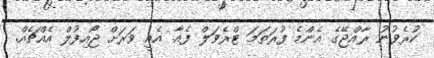
ކުރެވުނު ރާއްޖޭގެ އެންމެ ފުރަތަމަ ޓްރެވަލް ފެއާ. އެއީ ވަރަށް ޖޯއިފުލް އެއްޗެއް.